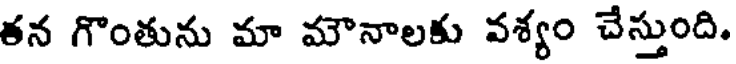
తన గొంతును మా మౌనాలకు వశ్యం చేస్తుంది.